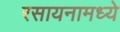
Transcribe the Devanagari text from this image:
रसायनामध्ये